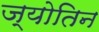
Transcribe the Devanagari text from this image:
ज्योतिन